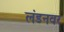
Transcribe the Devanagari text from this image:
लंडनवर